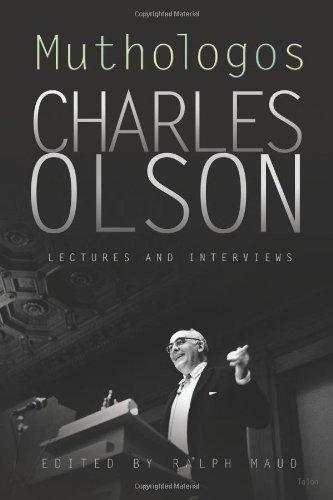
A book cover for Muthologos: Lectures and Interviews; Charles Olson; Literature & Fiction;